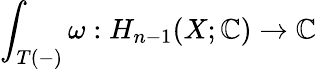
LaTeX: \int_{T(-)}\omega:H_{n-1}(X;\mathbb{C})\to\mathbb{C}